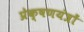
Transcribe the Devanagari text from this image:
प्रेक्षणयंत्रों